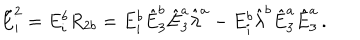
\tilde { E } _ { i } ^ { 2 } = E _ { i } ^ { b } R _ { 2 b } = E _ { i } ^ { b } \hat { E } _ { 3 } ^ { b } \hat { E } _ { 3 } ^ { a } \hat { \lambda } ^ { a } - E _ { i } ^ { b } \hat { \lambda } ^ { b } \hat { E } _ { 3 } ^ { a } \hat { E } _ { 3 } ^ { a } \, .